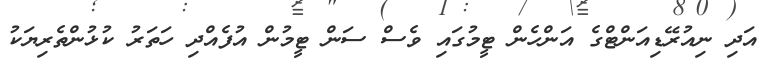
އަދި ނިއުރޭޑިއަންޓްގެ އަންހެން ޓީމުގައި ވެސް ސަން ޓީމުން އުފެއްދި ހަތަރު ކުޅުންތެރިޔަކު